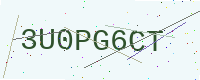
Text: 3U0PG6CT